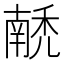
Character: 𰨵